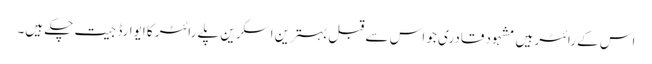
اس کے رائٹر ہیں مشہود قادری جو اس سے قبل بہترین اسکرین پلے رائٹر کا ایوارڈ جیت چکے ہیں۔